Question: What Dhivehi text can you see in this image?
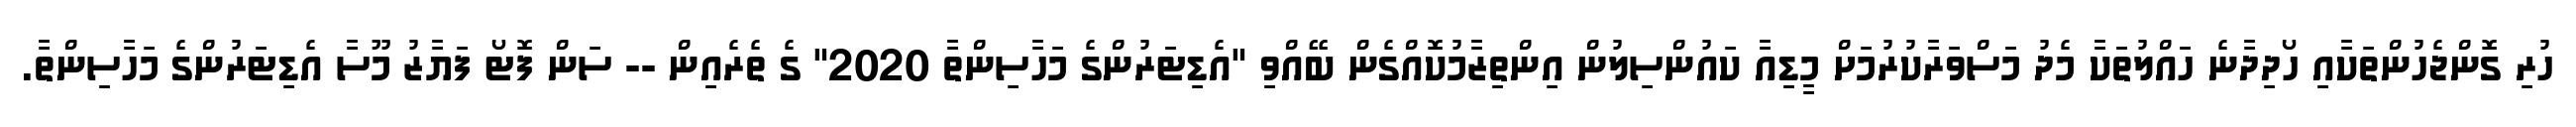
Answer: ހުރި ގޮންޖެހުންތަކާއި ހޯދިދާނެ ހައްލުތަކާ މެދު މަސްވަރާކުރުމަށް މީޑިއާ ކައުންސިލުން އިންތިޒާމުކޮއްގެން ބޭއްވި "އެޑިޓަރުންގެ މަހާސިންތާ 2020" ގެ ތެރެއިން -- ސަން ފޮޓޯ ފަޔާޒު މޫސާ އެޑިޓަރުންގެ މަހާސިންތާ.